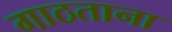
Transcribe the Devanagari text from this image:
गाठताना